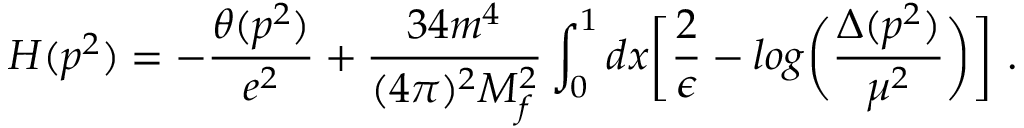
H ( p ^ { 2 } ) = - \frac { \theta ( p ^ { 2 } ) } { e ^ { 2 } } + \frac { 3 4 m ^ { 4 } } { ( 4 \pi ) ^ { 2 } M _ { f } ^ { 2 } } \int _ { 0 } ^ { 1 } d x \biggl [ \frac { 2 } { \epsilon } - l o g \biggl ( \frac { \Delta ( p ^ { 2 } ) } { \mu ^ { 2 } } \biggr ) \biggr ] \ .